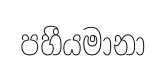
පහීයමානා